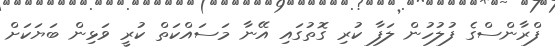
ފްރާންސްގެ ފުލުހުން ލަފާ ކުރި ގޮތުގައި އޭނާ މަސައްކަތް ކުރީ ވަޅިން ބަޔަކަށް